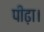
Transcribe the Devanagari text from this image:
पीढ़ा।